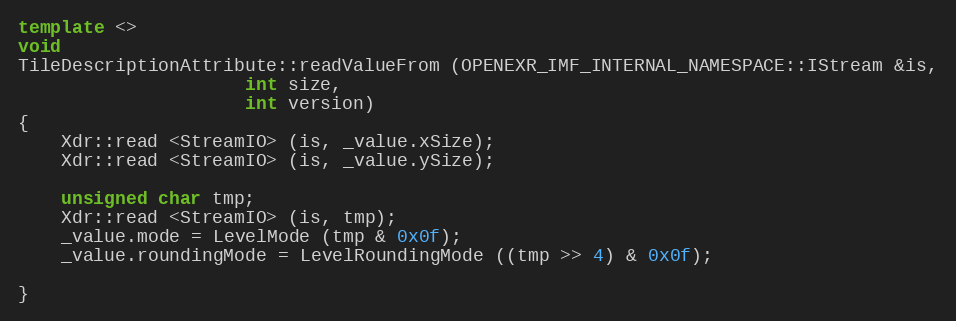
Language: C++
template <>
void
TileDescriptionAttribute::readValueFrom (OPENEXR_IMF_INTERNAL_NAMESPACE::IStream &is,
					 int size,
					 int version)
{
    Xdr::read <StreamIO> (is, _value.xSize);
    Xdr::read <StreamIO> (is, _value.ySize);

    unsigned char tmp;
    Xdr::read <StreamIO> (is, tmp);
    _value.mode = LevelMode (tmp & 0x0f);
    _value.roundingMode = LevelRoundingMode ((tmp >> 4) & 0x0f);

}